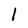
Character: l